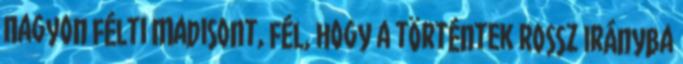
Nagyon félti Madisont, fél, hogy a történtek rossz irányba